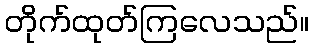
တိုက်ထုတ်ကြလေသည်။